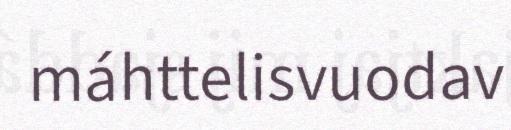
máhttelisvuodav